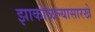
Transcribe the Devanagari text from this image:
झाकोळल्यासारखे